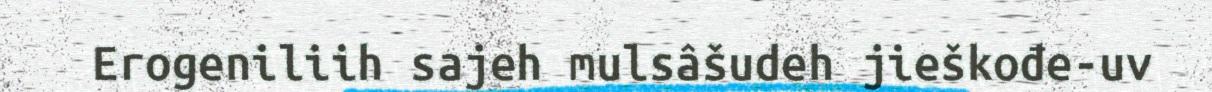
Erogeniliih sajeh mulsâšudeh jieškođe-uv